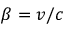
\beta = v / c